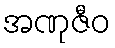
အဏုဇီဝ